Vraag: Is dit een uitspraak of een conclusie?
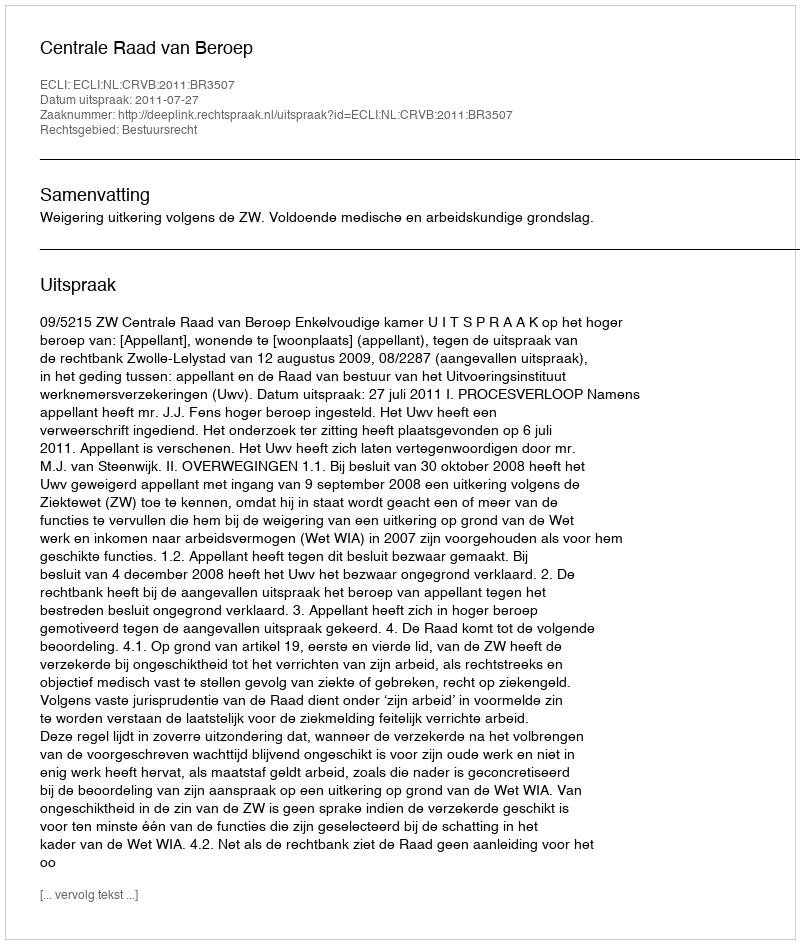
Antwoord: Uitspraak